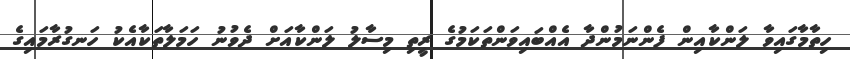
ހިތާމާގައިވާ ލަންކާއިން ފެންނަމުންދާ އެއްބައިވަންތަކަމުގެ ރީތި މިސާލު ލަންކާއަށް ދެވުނު ހަމަލާތަކާއެކު ހަނގުރާމައިގެ